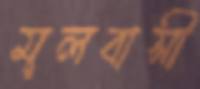
মূলবাসী